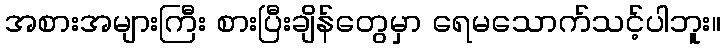
အစားအများကြီး စားပြီးချိန်တွေမှာ ရေမသောက်သင့်ပါဘူး။